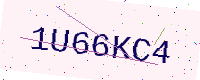
Text: 1U66KC4